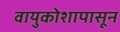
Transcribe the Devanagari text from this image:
वायुकोशापासून